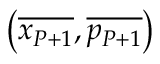
\left( \overline { { x _ { P + 1 } } } , \overline { { p _ { P + 1 } } } \right)